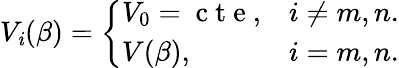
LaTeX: V_{\mathit{i}}(\beta)=\left\{ \begin{array}{ll}{V_{0}=\mathrm{~c~t~e~},}&{i\neq m,n.}\\ {V(\beta),}&{i=m,n.}\end{array}\right.